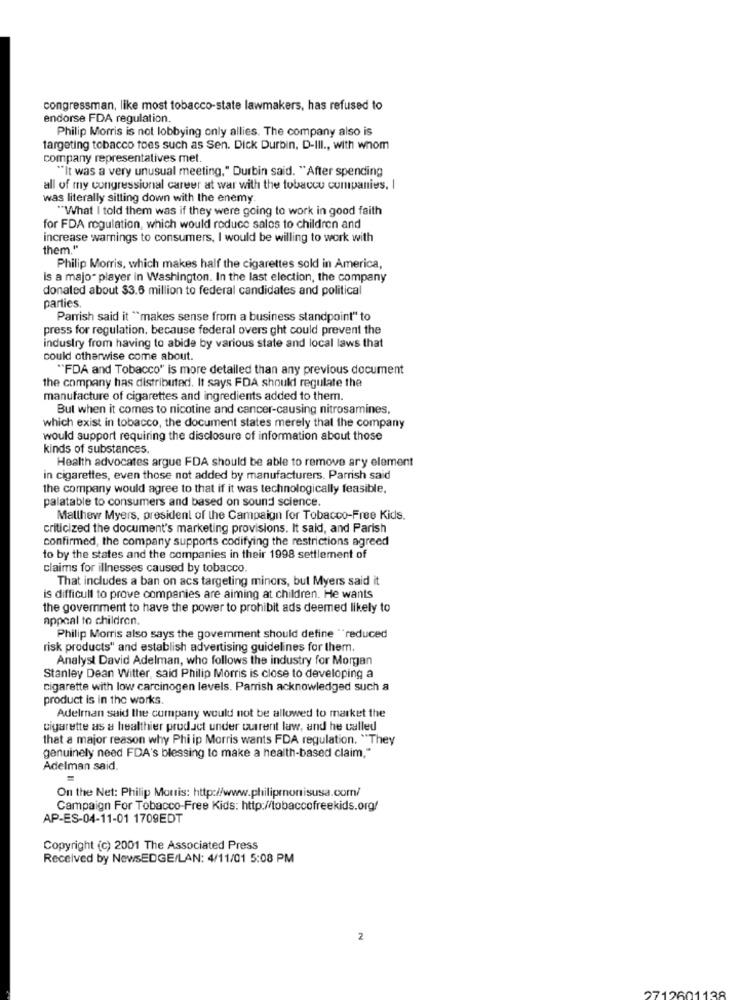
congressman, like most tobacco-state lawmakers, has refused to
endorse FDA regulation.
Philip Morris is not lobbying only allies. The company also is
targeting tobacco toes such as Sen. Dick Durbin, D-III ., with whom
company representatives met.
"It was a very unusual meeting," Durbin said. "After spending
all of my congressional career at war with the tobacco companies. I
was literally sitting down with the enemy.
"What I told them was if they were going to work in good faith
for FDA regulation, which would roduce sales to children and
increase warnings to consumers, I would be willing to work with
them."
Philip Morris, which makes half the cigarettes sold in America,
is a majo- player in Washington. In the last election, the company
donated about $3.6 million to federal candidates and political
parties.
Parrish said it "makes sense from a business standpoint" to
press for regulation. because federal overs ght could prevent the
industry from having to abide by various state and local laws that
could otherwise come about.
"FDA and Tobacco" is more detailed than any previous document
the company has distributed. It says FDA should regulate the
manufacture of cigarettes and ingredients added to them.
But when it comes to nicotine and cancer-causing nitrosamines,
which exist in tobacco, the document states merely that the company
would support requiring the disclosure of information about those
kinds of substances.
Health advocates argue FDA should be able to remove ary element
in cigarettes, even those not added by manufacturers. Parrish said
the company would agree to that if it was technologically feasible.
palatable to consumers and based on sound science
Malthew Myers, president of the Campaign for Tobacco-Free Kids.
criticized the document's marketing provisions. It said, and Parish
confirmed, the company supports codifying the restrictions agreed
to by the states and the companies in their 1998 settlement of
claims for illnesses caused by tobacco.
That includes a ban on acs targeting minors, but Myers said it
is difficult to prove companies are aiming at children. He wants
the government to have the power to prohibit ads deemed likely to
appeal to children.
Philip Morris also says the govemment should define "reduced
risk products" and establish advertising guidelines for them.
Analyst David Adelman, who follows the industry for Morgan
Stanley Dean Witter, said Philip Morris is close to developing a
cigarette with low carcinogen levels. Parrish acknowledged such a
product is in the works.
Adelman said the company would not be allowed to market the
cigarette as a healthier product under current law, and he called
that a major reason why Philip Morris wants FDA regulation. "They
genuinely need FDA's blessing to make a health-based claim."
Adelman said.
On the Net: Philip Morris: http://www.philipmonisusa.com/
Campaign For Tobacco-Free Kids: http://tobaccofreekids.org/
AP-ES-04-11-01 1709EDT
Copyright (c) 2001 The Associated Press
Received by NewsEDGE/LAN: 4/11/01 5:08 PM
2
2712601138